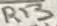
Text: R13